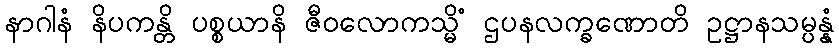
နာဂါနံ နိပကန္တိ ပစ္စယာနိ ဇီဝလောကသ္မိံ ဌပနလက္ခဏောတိ ဥဋ္ဌာနသမ္ပန္နံ